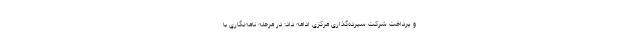
و پرداخت شرکت سپرده‌گذاری مرکزی ادامه داد: در مرحله نامه‌نگاری با